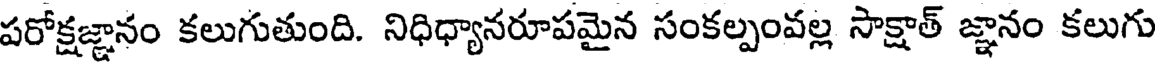
పరోక్షజ్ఞానం కలుగుతుంది. నిధిధ్యానరూపమైన సంకల్పంవల్ల సాక్షాత్ జ్ఞానం కలుగు